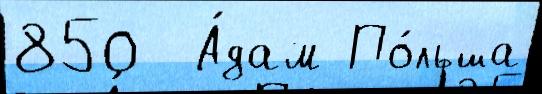
850  А́дам По́льша